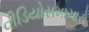
વીડિયોસમાચારો